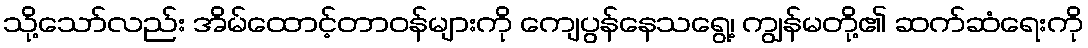
သို့သော်လည်း အိမ်ထောင့်တာဝန်များကို ကျေပွန်နေသရွေ့၊ ကျွန်မတို့၏ ဆက်ဆံရေးကို